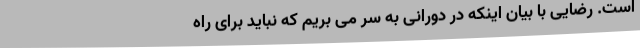
است. رضایی با بیان اینکه در دورانی به سر می بریم که نباید برای راه